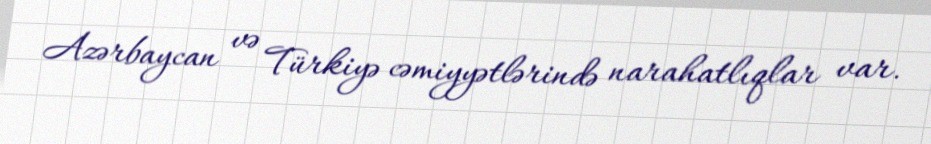
Azərbaycan və Türkiyə cəmiyyətlərində narahatlıqlar var.